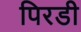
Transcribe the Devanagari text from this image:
पिरडी